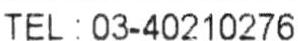
TEL : 03-40210276